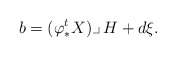
\begin{align*}b = (\varphi^{t}_{*}X)\lrcorner\,H + d\xi.\end{align*}